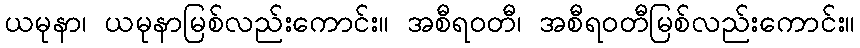
ယမုနာ၊ ယမုနာမြစ်လည်းကောင်း။ အစီရဝတီ၊ အစီရဝတီမြစ်လည်းကောင်း။